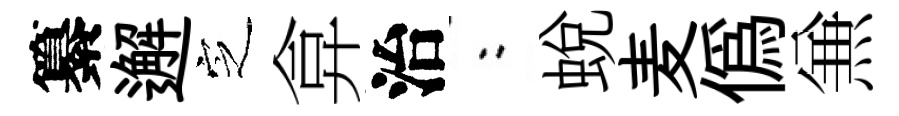
纂邂㝎弇治欸蛻麦偽𠔥